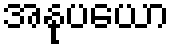
အနုပယော